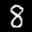
Label: 8